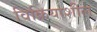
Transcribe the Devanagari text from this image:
विक्रियाशील